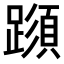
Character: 𨅑